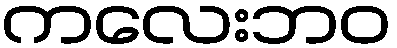
ကလေးဘဝ